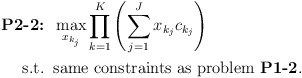
\begin{align*}\mbox{\textbf{P2-2:}} &\;\; \max_{x_{k_j}} \prod_{k=1}^K{\left(\sum_{j=1}^J x_{k_j}c_{k_j}\right)} \\\mbox{s.t.} &\;\; \mbox{same constraints as problem {\bf P1-2}}. \end{align*}